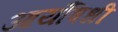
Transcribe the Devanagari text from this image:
आर्यौषधी